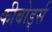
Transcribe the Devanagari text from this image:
कीबोर्ड्स